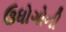
ઉધોગોની